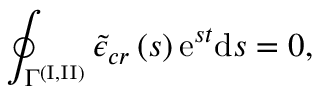
\oint _ { \Gamma ^ { ( \mathrm { I , I I } ) } } \tilde { \epsilon } _ { c r } \left( s \right) \mathrm { e } ^ { s t } \mathrm { d } s = 0 ,